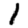
Digit: 1